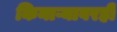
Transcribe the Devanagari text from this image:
किनाऱ्यावरही